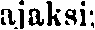
ajaksi: